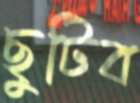
ছুটিব